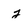
Character: j